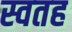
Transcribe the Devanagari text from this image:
स्वतह